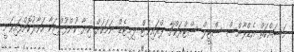
މަސައްކަތް އެޑްވާންސް ސްޓީލް ސްޓްރަކްޗާ ޕްރައިވެޓް ލިމިޓެޑް ނަމަކަށް ކިޔާ ކުންފުންޏަކާ ހަވާލުކޮށްފައިވަނީ